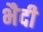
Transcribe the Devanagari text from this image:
भैदी